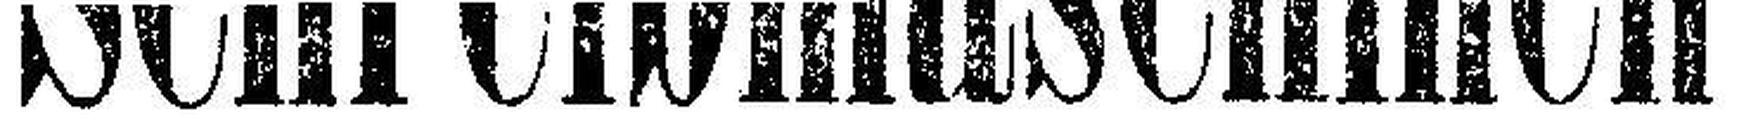
Schreibmaschinen